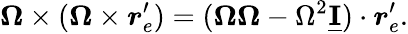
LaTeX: \boldsymbol\Omega\times(\boldsymbol\Omega\times\boldsymbol r_{e}^{\prime})=(\boldsymbol\Omega\boldsymbol\Omega-\Omega^{2}\underline{{\mathbf I}})\cdot\boldsymbol{r}_{e}^{\prime}.